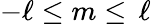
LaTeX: -\ell\leq m\leq\, \ell